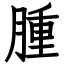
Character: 腫